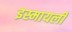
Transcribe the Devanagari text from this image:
इस्मायली